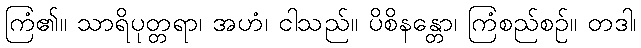
ကြံ၏။ သာရိပုတ္တရာ၊ အဟံ၊ ငါသည်။ ပိစိနန္တော၊ ကြံစည်စဉ်။ တဒါ၊